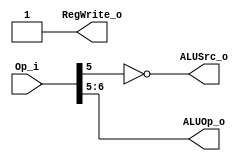
module Control
(
    Op_i,
    ALUOp_o,
    ALUSrc_o,
    RegWrite_o 
);
// Reads opcodes in the instruction and output control signals to control the behavior
// of ALU and registers.

input  [6:0] Op_i;
output [1:0] ALUOp_o;
output       ALUSrc_o;
output       RegWrite_o;

assign RegWrite_o = 1;
assign ALUSrc_o = ~Op_i[5];
assign ALUOp_o = Op_i[6:5];

endmodule